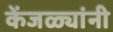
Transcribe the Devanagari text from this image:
केंजळ्यांनी